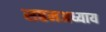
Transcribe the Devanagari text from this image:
सप्तमअध्याय